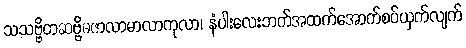
သသဗ္ဗိတဆဗ္ဗိဓဇာလာမာလာကုလာ၊ နံပါးလေးဘက်အထက်အောက်စပ်ယှက်လျက်